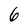
Character: 6